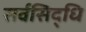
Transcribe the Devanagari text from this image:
सर्वसिद्धि